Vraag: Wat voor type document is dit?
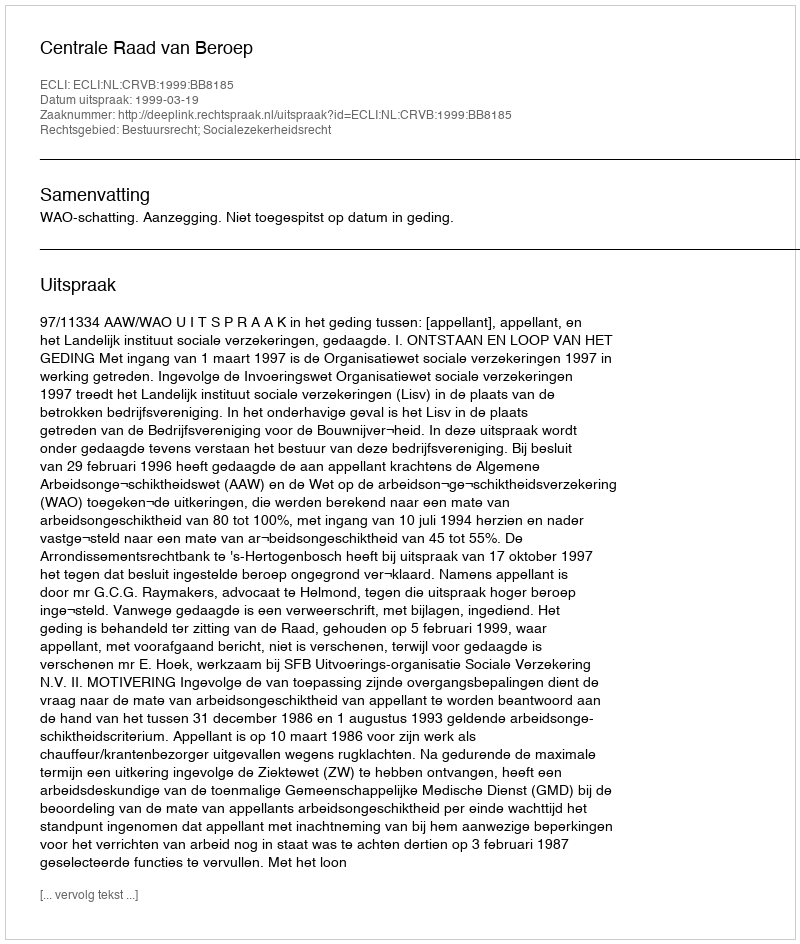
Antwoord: Uitspraak